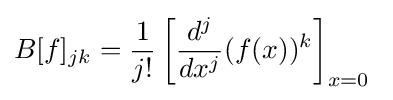
B[f]_{jk}={\frac {1}{j!}}\left[{\frac {d^{j}}{dx^{j}}}(f(x))^{k}\right]_{x=0}~